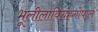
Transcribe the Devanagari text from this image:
भूलीलाविग्रहगोपालं